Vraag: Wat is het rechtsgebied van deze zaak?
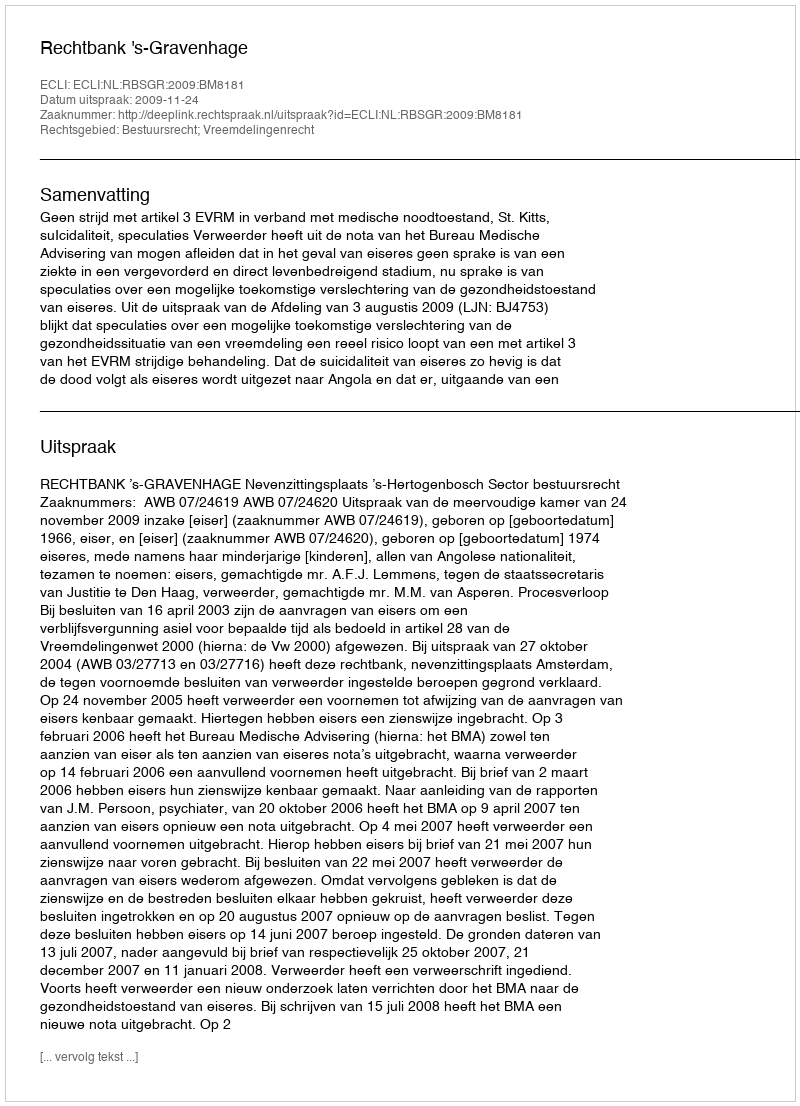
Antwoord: Bestuursrecht; Vreemdelingenrecht